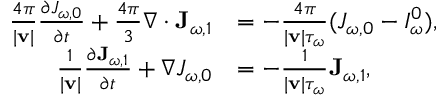
\begin{array} { r l } { \frac { 4 \pi } { | \mathbf v | } \frac { \partial J _ { \omega , 0 } } { \partial t } + \frac { 4 \pi } { 3 } \nabla \cdot \mathbf J _ { \omega , 1 } } & { = - \frac { 4 \pi } { | \mathbf v | \tau _ { \omega } } ( J _ { \omega , 0 } - I _ { \omega } ^ { 0 } ) , } \\ { \frac { 1 } { | \mathbf v | } \frac { \partial \mathbf J _ { \omega , 1 } } { \partial t } + \nabla J _ { \omega , 0 } } & { = - \frac { 1 } { | \mathbf v | \tau _ { \omega } } \mathbf J _ { \omega , 1 } , } \end{array}